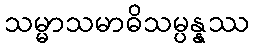
သမ္မာသမာဓိသမ္ပန္နဿ